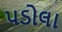
પડોલા